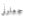
جعلوني